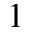
^ 1